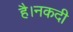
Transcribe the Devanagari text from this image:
है।नकदी